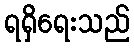
ရရှိရေးသည်